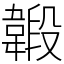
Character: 𩏇